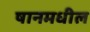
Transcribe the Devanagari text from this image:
षानमधील